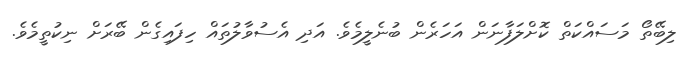
ލިބޭތޯ މަސައްކަތް ކޮށްލަފާނަން އަހަރެން ބުނެލީމެވެ. އަދި އެސުވާލުތައް ހިފައިގެން ބޭރަށް ނިކުތީމެވެ.